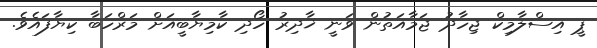
ޕީ އިސްލާމިކް ޖިހާދު ޖަމާއަތުން ވަނީ ޚާދިރު ހޯދި ކާމިޔާބީއަށް މަރްހަބާ ކިޔާފައެވެ.